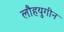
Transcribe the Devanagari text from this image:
लौहयुगीन